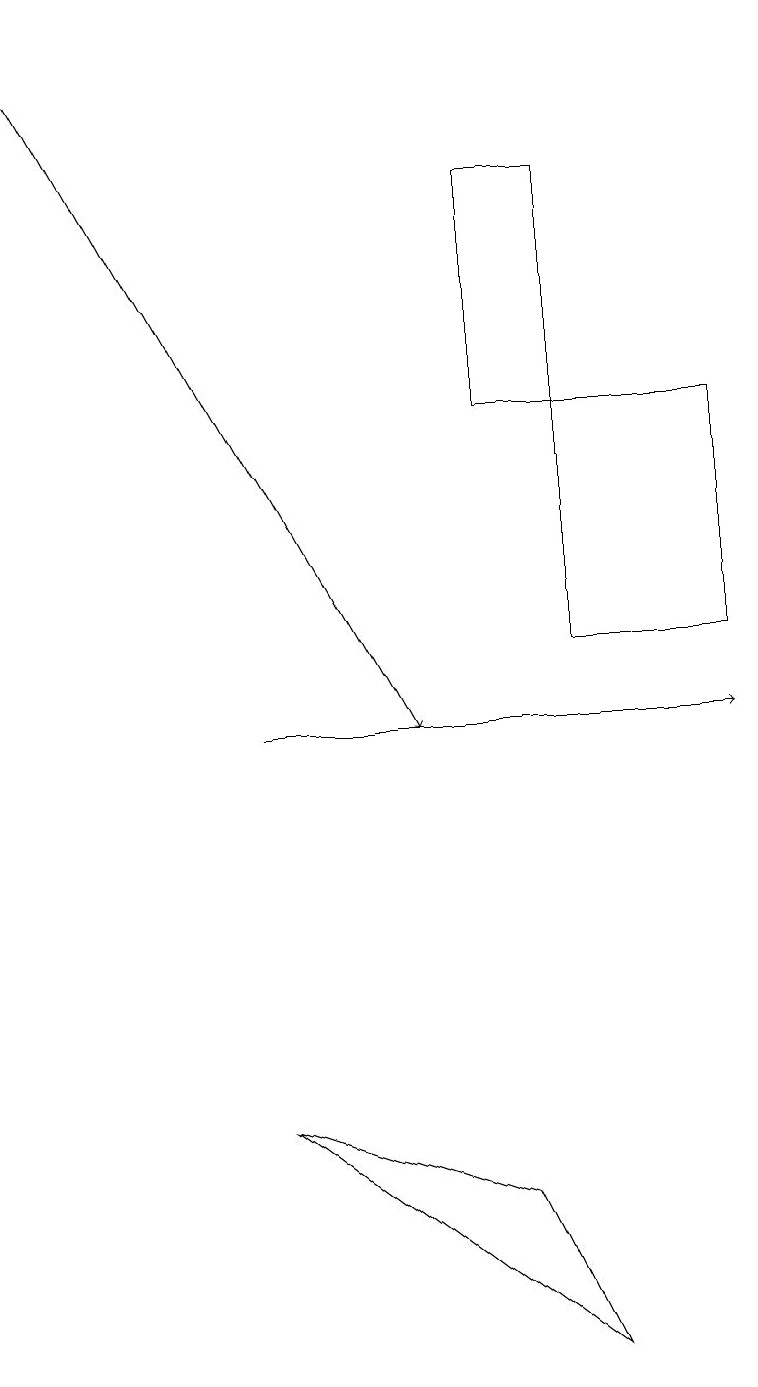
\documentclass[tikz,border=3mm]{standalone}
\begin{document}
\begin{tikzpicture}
\draw (7,13) rectangle (7,11);
\draw[->] (3,10) -- (9,10);
\draw (6,17) rectangle (7,14);
\draw (6,4) -- (7,2) -- (3,5) -- cycle;
\draw[->] (0,19) -- (5,10);
\draw (7,11) rectangle (9,14);
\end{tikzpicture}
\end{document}